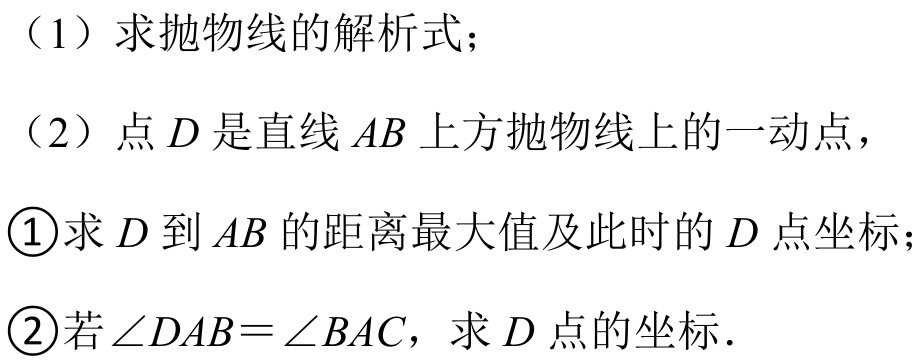
（1）求抛物线的解析式；
（2）点$D$是直线$AB$上方抛物线上的一动点，
\textcircled{1}求$D$到$AB$的距离最大值及此时的$D$点坐标；
\textcircled{2}若$\angle DAB=\angle BAC$，求$D$点的坐标．